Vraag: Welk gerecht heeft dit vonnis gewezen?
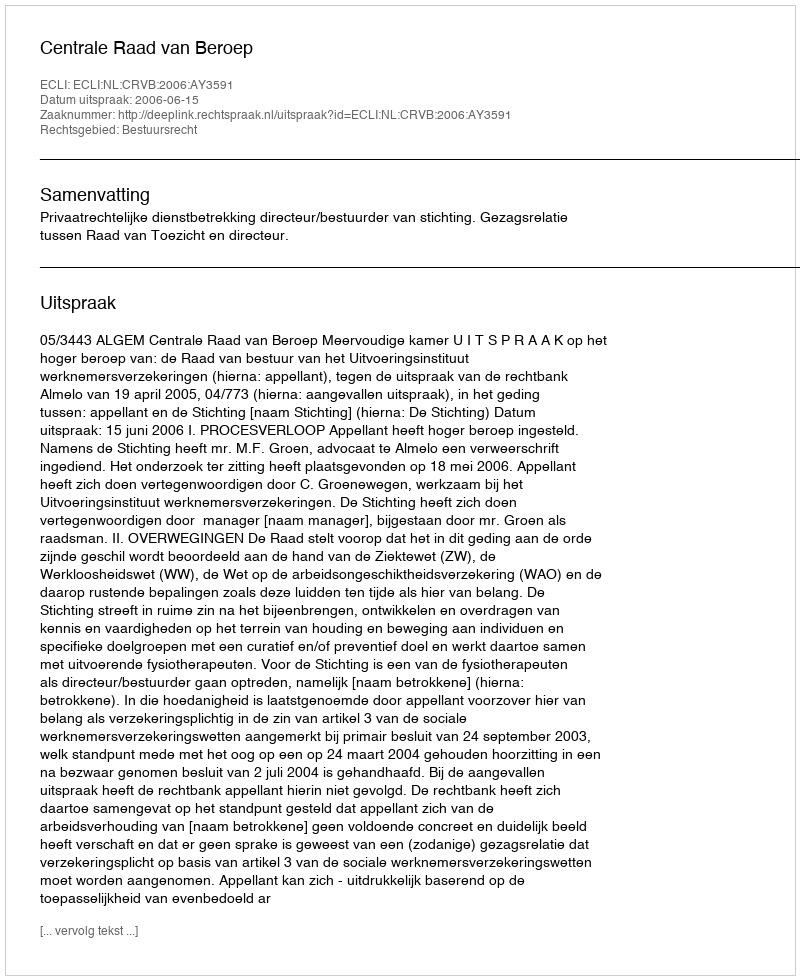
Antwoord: Centrale Raad van Beroep